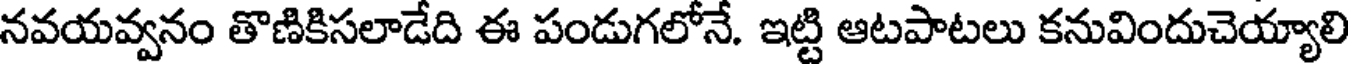
నవయవ్వనం తొణికిసలాడేది ఈ పండుగలోనే. ఇట్టి ఆటపాటలు కనువిందుచెయ్యాలి